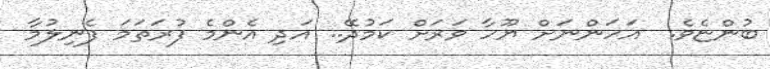
ބުންޏެވެ.  އަހަންނަށް ޔޫހާ ވަރަށް ކަމުދޭ.. އަދި އެންމެ ފުރަތަމަ ފެނިލުމާ